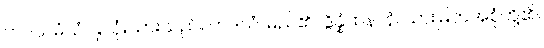
ဟဒယမံသံ၊ နှလုံးသားသည်။ ဟဒယံ၊ မည်၏။ ဒွိန္နံထနာနံ၊ သားမြတ်အစုံတို့၏။